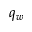
q _ { w }